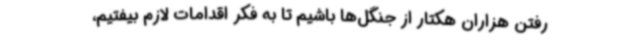
رفتن هزاران هکتار از جنگل‌ها باشیم تا به فکر اقدامات لازم بیفتیم،‌